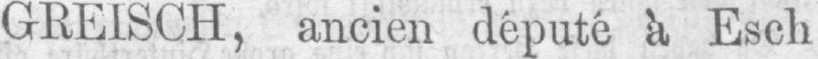
GREISCH, ancien député à Escli